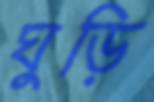
ঘুড়ি